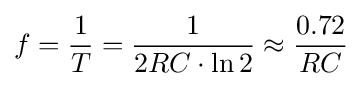
f={\frac {1}{T}}={\frac {1}{2RC\cdot \ln {2}}}\approx {\frac {0.72}{RC}}